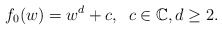
\begin{align*} f_0(w)=w^d+c, \; \;c\in \mathbb{C}, d\geq 2.\end{align*}